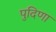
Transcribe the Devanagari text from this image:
पुदिणा